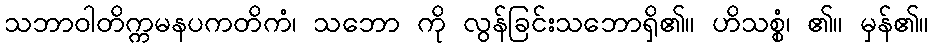
သဘာဝါတိက္ကမနပကတိကံ၊ သဘော ကို လွန်ခြင်းသဘောရှိ၏။ ဟိသစ္စံ၊ ၏။ မှန်၏။